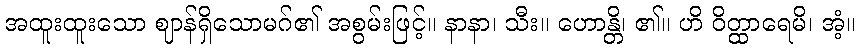
အထူးထူးသော ဈာန်ရှိသောမဂ်၏ အစွမ်းဖြင့်။ နာနာ၊ သီး။ ဟောန္တိ၊ ၏။ ဟိ ဝိတ္ထာရေမိ၊ အံ့။